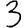
Digit: 3